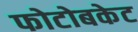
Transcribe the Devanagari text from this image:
फोटोबकेट